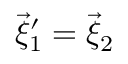
\vec { \xi } _ { 1 } ^ { \prime } = \vec { \xi } _ { 2 }